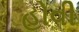
હોવી